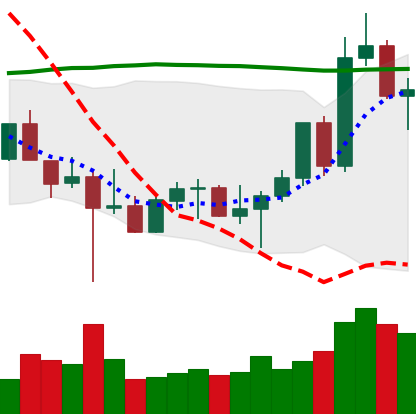
Ticker: LTC-USD
Chart end date: 2022-10-28
Forward return: 10.099%
Label: up_7plus